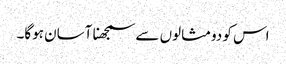
اس کو دومثالوں سے سمجھنا آسان ہوگا۔